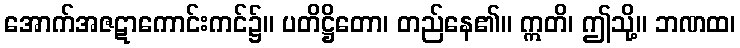
အောက်အဇဋာကောင်းကင်၌။ ပတိဋ္ဌိတော၊ တည်နေ၏။ ဣတိ၊ ဤသို့။ ဘဏထ၊